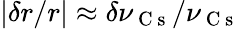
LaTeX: |\delta r/r|\approx\delta\nu_{\mathrm{~C~s~}}/\nu_{\mathrm{~C~s~}}